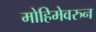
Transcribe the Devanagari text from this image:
मोहिमेवरुन